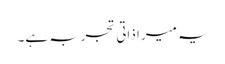
یہ میرا ذاتی تجربہ ہے۔